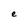
Character: e